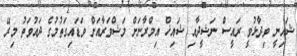
ޝައިނީ ވިދާޅުވީ ރައީސް ނަޝީދާއި ޝައިޚް އިމްރާނަށް މަޝްވަރާއަށް ވަޑައިގަތުމުގެ ދައުވަތު މިރޭ